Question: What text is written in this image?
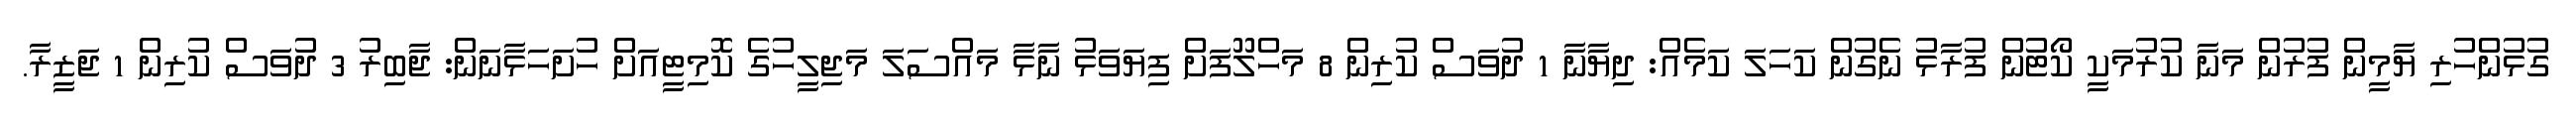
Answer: ގުޅުންހުރި ޔާމީން ފުރުން މަނާ ކުރުމަކީ ކޯޓުން ފުރާޅު ނެގުން ކަހަލަ ކަމެއް: ދިޔާނާ 1 ދުވަސް ކުރިން 8 މަހްލޫފަށް ފިޔަވަޅު ނާޅާ މައްސަލަ މަޖިލީހުގެ ކޮމިޓީއަށް ހުށަހަޅާނަން: ޖާބިރު 3 ދުވަސް ކުރިން 1 ޖަޒީރާ.